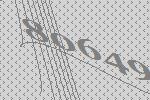
80649